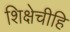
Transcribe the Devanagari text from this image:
शिक्षेचीहि